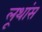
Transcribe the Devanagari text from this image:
लूथांस